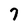
Character: 7